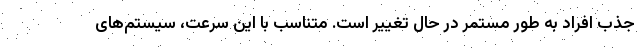
جذب افراد به طور مستمر در حال تغییر است. متناسب با این سرعت، سیستم‌های